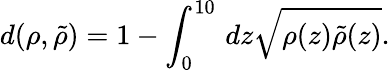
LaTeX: d(\rho,\tilde{\rho})=1-\int_{0}^{10}\, dz\sqrt{\rho(z)\tilde{\rho}(z)}.